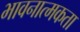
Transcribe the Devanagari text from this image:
भावनात्मकता